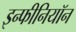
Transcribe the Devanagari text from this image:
इन्फीनियॉन